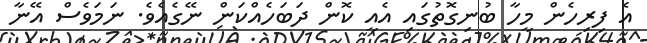
އެ ފިރިހެން މީހާ ބުނިގޮތުގައި އެއީ ކޮން ދަބަހެއްކަން ނޭގެއެވެ. ނަމަވެސް އޭނާ